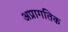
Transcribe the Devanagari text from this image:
अप्रागतिक